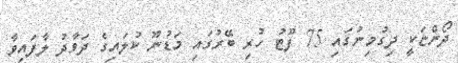
ދޯންޏަކީ ދިގުމިނުގައި 75 ފޫޓު ހުރި ބޭރުގައި މަޑުނޫ ކުލައިގެ ދަވާދު ލާފައިވާ